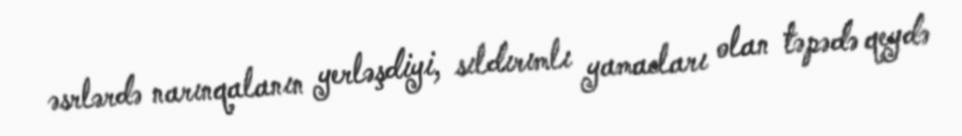
əsrlərdə narınqalanın yerləşdiyi, sıldırımlı yamacları olan təpədə qeydə